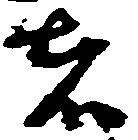
者